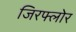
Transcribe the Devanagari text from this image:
जिरफ्लोर